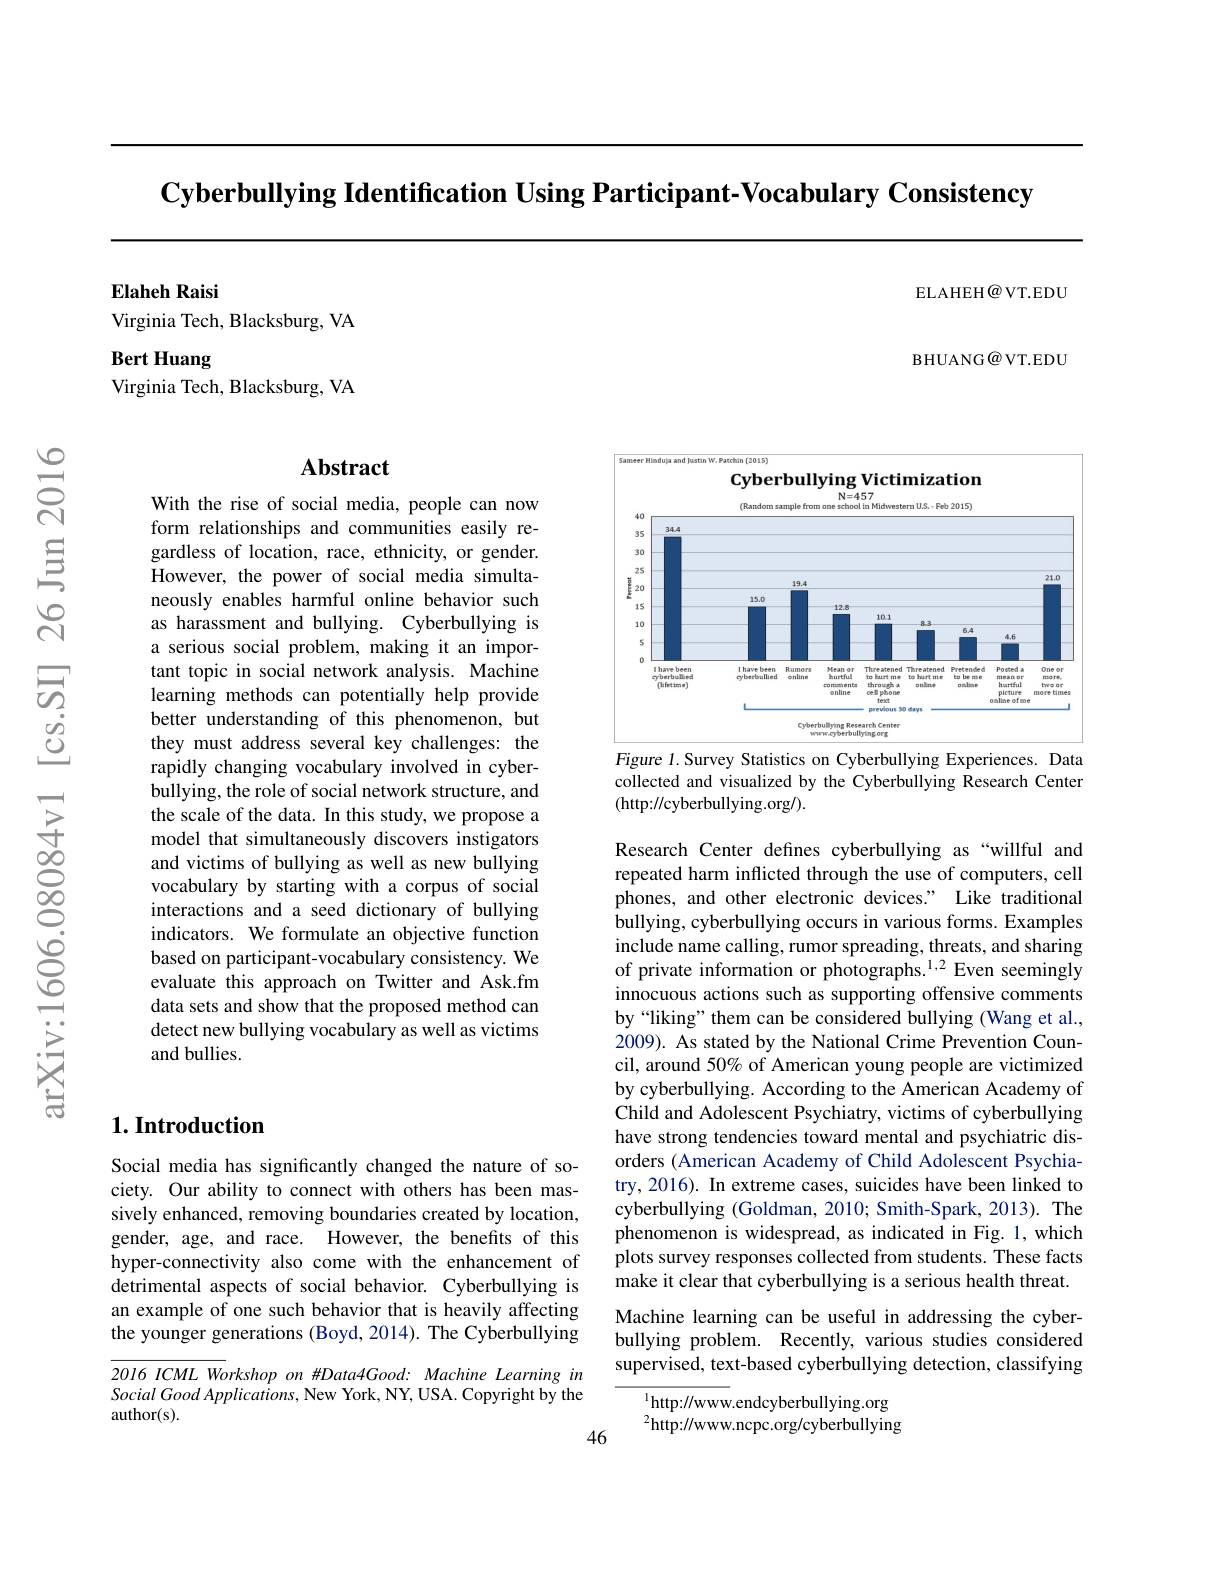
$\textbf{Cyberbullying Identification Using Participant- Vocabulary Consistency}$

ELAHEH@ VT.EDU

Elaheh Raisi
Virginia Tech, Blacksburg, VA

Bert Huang
Virginia Tech, Blacksburg, VA

BHUANG@ VT.EDU

## Abstract

With the rise of social media, people can now form relationships and communities easily regardless of location, race, ethnicity, or gender. However, the power of social media simultaneously enables harmful online behavior such as harassment and bullying. Cyberbullying is a serious social problem, making it an important topic in social network analysis. Machine learning methods can potentially help provide better understanding of this phenomenon, but they must address several key challenges: the rapidly changing vocabulary involved in cyberbullying, the role of social network structure, and the scale of the data. In this study, we propose a model that simultaneously discovers instigators and victims of bullying as well as new bullying vocabulary by starting with a corpus of social interactions and a seed dictionary of bullying indicators. We formulate an objective function based on participant-vocabulary consistency. We evaluate this approach on Twitter and Ask.fm data sets and show that the proposed method can detect new bullying vocabulary as well as victims and bullies.

## $1. \textbf{Introduction}$

Social media has significantly changed the nature of society. Our ability to connect with others has been massively enhanced, removing boundaries created by location, gender, age, and race. However, the benefits of this hyper-connectivity also come with the enhancement of detrimental aspects of social behavior. Cyberbullying is an example of one such behavior that is heavily affecting the younger generations (Boyd, 2014). The Cyberbullying

2016 ICML Workshop on #Data4Good: Machine Learning in $SocialGoodApplications$, New York, NY, USA. Copyright by the author(s).

46

Sameer Hinduja

Patchin (20151)

<FigureHere>

Figure 1.Survey Statistics on Cyberbullying Experiences. Data

collected and visualized by the Cyberbullying Research Center
(http://cyberbullying.org/).

Research Center defines cyberbullying as“willful and repeated harm inflicted through the use of computers, cell phones, and other electronic devices." Like traditional bullying, cyberbullying occurs in various forms. Examples include name calling, rumor spreading, threats, and sharing of private information or photographs.$^{1,2}$Even seemingly innocuous actions such as supporting offensive comments by“liking” them can be considered bullying (Wang et al., 2009). As stated by the National Crime Prevention Council, around 50% of American young people are victimized by cyberbullying. According to the American Academy of Child and Adolescent Psychiatry, victims of cyberbullying have strong tendencies toward mental and psychiatric disorders (American Academy of Child Adolescent Psychiatry, 2016). In extreme cases, suicides have been linked to cyberbullying (Goldman, 2010; Smith-Spark, 2013). The phenomenon is widespread, as indicated in Fig. 1, which plots survey responses collected from students. These facts make it clear that cyberbullying is a serious health threat.

Machine learning can be useful in addressing the cyberbullying problem. Recently, various studies considered supervised, text-based cyberbullying detection, classifying

$^{1}$http://www.endcyberbullying.org $^{2}$http://www.ncpc.org/cyberbullying